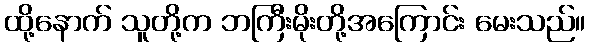
ထို့နောက် သူတို့က ဘကြီးမိုးတို့အကြောင်း မေးသည်။